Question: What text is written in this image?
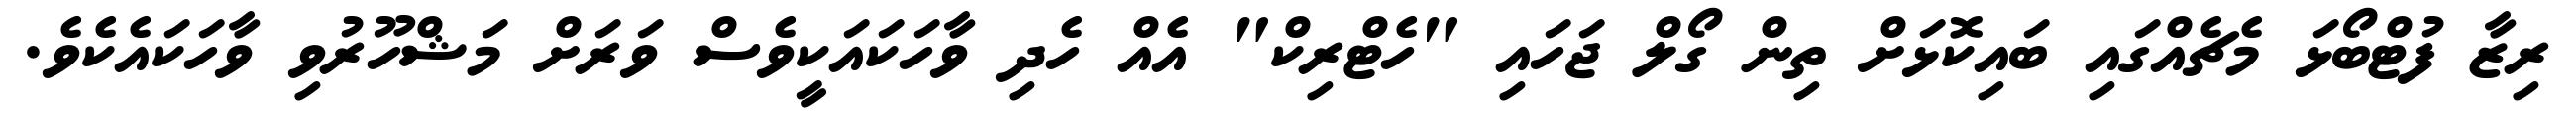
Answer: ރިޒާ ފުޓްބޯޅަ މެޗެއްގައި ބައިކޮޅަށް ތިން ގޯލް ޖަހައި "ހެޓްރިކް" އެއް ހެދި ވާހަކައަކީވެސް ވަރަށް މަޝްހޫރުވި ވާހަކައެކެވެ.